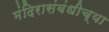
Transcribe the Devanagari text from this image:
मंदिरासंबंधीच्या